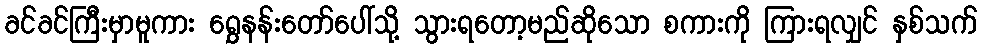
ခင်ခင်ကြီးမှာမူကား ရွှေနန်းတော်ပေါ်သို့ သွားရတော့မည်ဆိုသော စကားကို ကြားရလျှင် နှစ်သက်